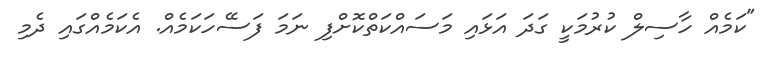
"ކަމެއް ހާސިލް ކުރުމަކީ ގަދަ އަޅައި މަސައްކަތްކޮށްފި ނަމަ ފަސޭހަކަމެއް. އެކަމެއްގައި ދެމި